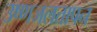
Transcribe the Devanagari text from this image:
उष्णजलतापन